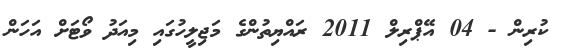
ކުރިން - 04 އޭޕްރިލް 2011 ރައްޔިތުންގެ މަޖިލީހުގައި މިއަދު ވޯޓަށް އަހަން